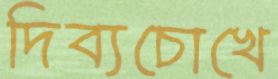
দিব্যচোখে